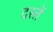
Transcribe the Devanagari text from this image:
दस्तें